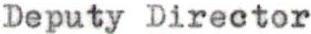
Deputy Director